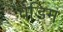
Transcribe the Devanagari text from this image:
वैडिम